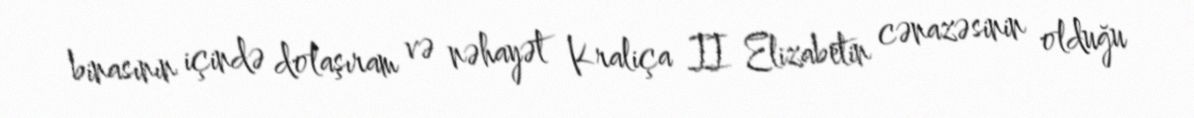
binasının içində dolaşıram və nəhayət Kraliça II Elizabetin cənazəsinin olduğu